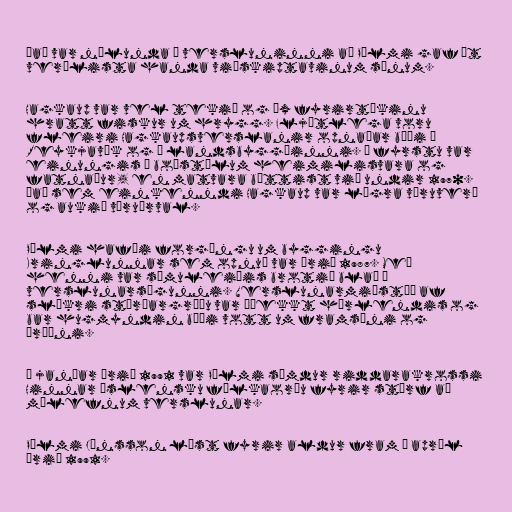
Það var nýlunda í versluninni að Pálmi gaf út
verðlista handa viðskiptavinum sínum.

Hagkaup var vel tekið og óx fyrirtækinu
hratt fiskur um hrygg. Fljótlega voru
fleiri Hagkaupsverslanir opnaðar bæði í
Reykjavík og á landsbyggðinni. Í fyrstu var
einungis á boðstólum heimilisvara og
fatnaður, en matvara bættist við undir 1970.
Það sem einkenndi Hagkaup var lægra vöruverð
og aukið vöruúrval.

Pálmi hafði forgöngu um byggingu
Kringlunnar sem opnuð var árið 1987. Með
henni var sömuleiðis brotið blað í
verslunarsögunni. Verslunarmiðstöð af
slíkri stærðargráðu var óþekkt hérlendis og
bar hugmyndin bæði vott um framsýni og
áræðni.

Í janúar árið 1991 var Pálmi sæmdur riddarakrossi
Hinnar íslensku fálkaorðu fyrir störf að
málefnum verslunar.

Pálmi Jónsson lést fyrir aldur fram í apríl
árið 1991.